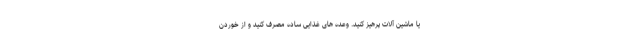
یا ماشین آلات پرهیز کنید. وعده های غذایی ساده مصرف کنید و از خوردن